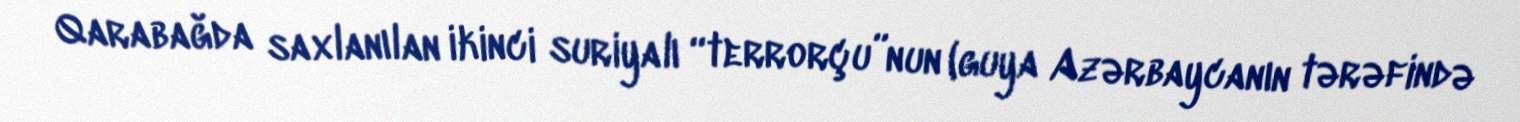
Qarabağda saxlanılan ikinci suriyalı “terrorçu”nun (guya Azərbaycanın tərəfində